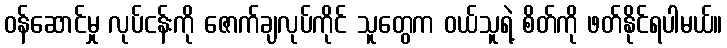
ဝန်ဆောင်မှု လုပ်ငန်းကို ဇောက်ချလုပ်ကိုင် သူတွေက ဝယ်သူရဲ့ စိတ်ကို ဖတ်နိုင်ရပါမယ်။